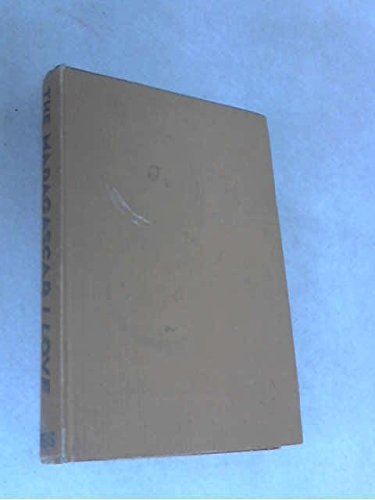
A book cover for The Madagascar I love; Arkady Fiedler; Travel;